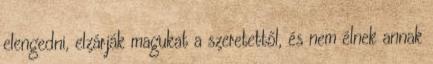
elengedni, elzárják magukat a szeretettől, és nem élnek annak